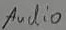
Text: Audio